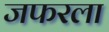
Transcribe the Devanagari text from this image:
जफरला